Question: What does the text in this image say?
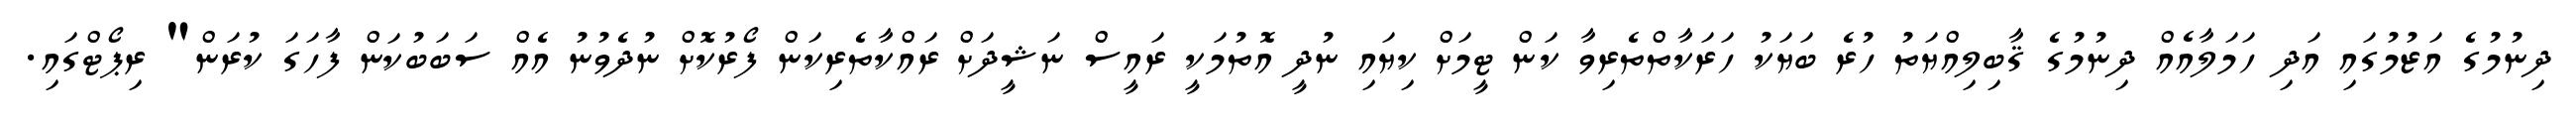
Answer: ދިނުމުގެ އަޒުމުގައި އަދި ހަމަލާއެއް ދިނުމުގެ ޤާބިލިއްޔަތު ހުރެ ބަޔަކު ހަރަކާތްތެރިވާ ކަން ޓީމަށް ކިޔައި ނުދީ އޮތުމަކީ ރައީސް ނަޝީދަށް ރައްކާތެރިކަން ފޯރުކޮށް ނުދެވުނު އެއް ސަބަބުކަން ފާހަގަ ކުރަން" ރިޕޯޓްގައި.